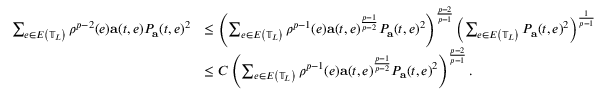
\begin{array} { r l } { \sum _ { e \in E \left( \mathbb { T } _ { L } \right) } \rho ^ { p - 2 } ( e ) \mathbf { a } ( t , e ) P _ { \mathbf { a } } ( t , e ) ^ { 2 } } & { \leq \left( \sum _ { e \in E \left( \mathbb { T } _ { L } \right) } \rho ^ { p - 1 } ( e ) \mathbf { a } ( t , e ) ^ { \frac { p - 1 } { p - 2 } } P _ { \mathbf { a } } ( t , e ) ^ { 2 } \right) ^ { \frac { p - 2 } { p - 1 } } \left( \sum _ { e \in E \left( \mathbb { T } _ { L } \right) } P _ { \mathbf { a } } ( t , e ) ^ { 2 } \right) ^ { \frac { 1 } { p - 1 } } } \\ & { \leq C \left( \sum _ { e \in E \left( \mathbb { T } _ { L } \right) } \rho ^ { p - 1 } ( e ) \mathbf { a } ( t , e ) ^ { \frac { p - 1 } { p - 2 } } P _ { \mathbf { a } } ( t , e ) ^ { 2 } \right) ^ { \frac { p - 2 } { p - 1 } } . } \end{array}